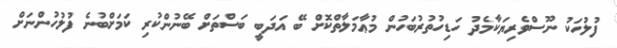
ފުލުހަކު ނޫސްވެރިޔަކާމެދު ހަޑިހުތުރުބަހުން މުޢާމަލާތްކޮށް ބޭ އަދަބީ ބަސްތަށް ބޭނުންކުރި ކަމަށްބުނެ ފުލުހުންނަށް